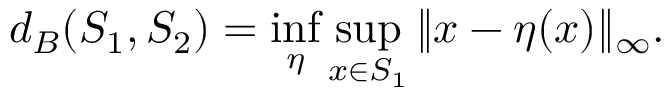
d _ { B } ( S _ { 1 } , S _ { 2 } ) = \operatorname* { i n f } _ { \eta } \operatorname* { s u p } _ { x \in S _ { 1 } } \| x - \eta ( x ) \| _ { \infty } .